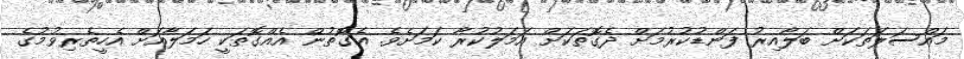
މައްސަލަތަކަށް ބަލާއިރު ފަންޑުކުރުމަށް ދެގޮތަކަށް އަމަލުކުރާ ކަމަށެވެ. އެގޮތުން އެއްގޮތަކީ ހަމަލާއަށް އެހީތެރިވުމުގެ